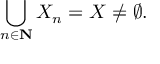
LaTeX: \bigcup _ { n \in \mathbf { N } } X _ { n } = X \neq \varnothing .